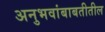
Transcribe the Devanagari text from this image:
अनुभवांबाबतीतील